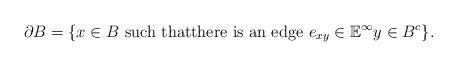
LaTeX: \begin{align*} \partial B =\{x \in B \text{ such thatthere is an edge } e_{x y}\in \mathbb{E}^\infty y \in B^c \}.\end{align*}